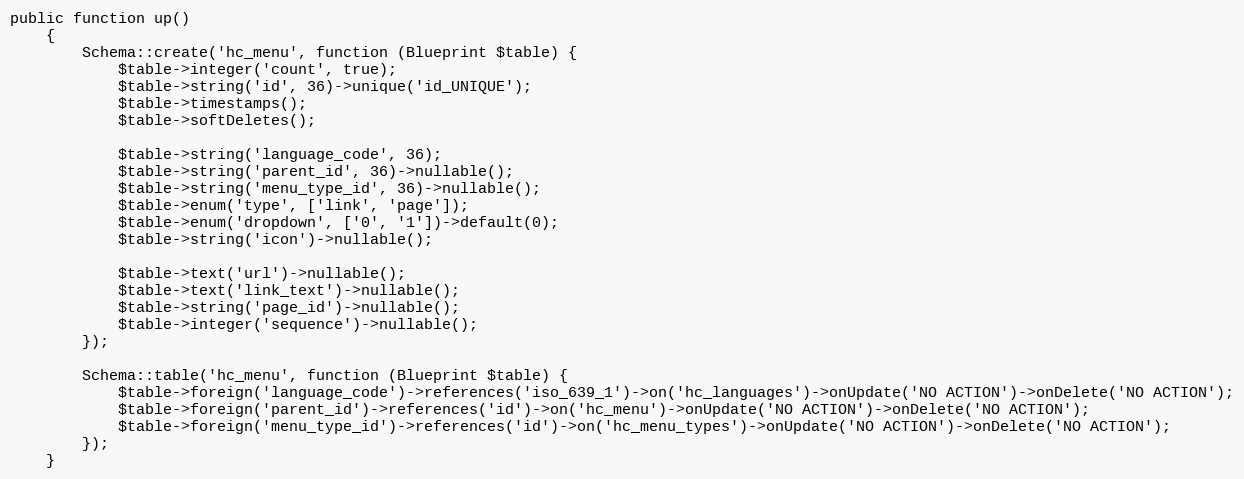
Language: PHP
public function up()
    {
        Schema::create('hc_menu', function (Blueprint $table) {
            $table->integer('count', true);
            $table->string('id', 36)->unique('id_UNIQUE');
            $table->timestamps();
            $table->softDeletes();

            $table->string('language_code', 36);
            $table->string('parent_id', 36)->nullable();
            $table->string('menu_type_id', 36)->nullable();
            $table->enum('type', ['link', 'page']);
            $table->enum('dropdown', ['0', '1'])->default(0);
            $table->string('icon')->nullable();

            $table->text('url')->nullable();
            $table->text('link_text')->nullable();
            $table->string('page_id')->nullable();
            $table->integer('sequence')->nullable();
        });

        Schema::table('hc_menu', function (Blueprint $table) {
            $table->foreign('language_code')->references('iso_639_1')->on('hc_languages')->onUpdate('NO ACTION')->onDelete('NO ACTION');
            $table->foreign('parent_id')->references('id')->on('hc_menu')->onUpdate('NO ACTION')->onDelete('NO ACTION');
            $table->foreign('menu_type_id')->references('id')->on('hc_menu_types')->onUpdate('NO ACTION')->onDelete('NO ACTION');
        });
    }